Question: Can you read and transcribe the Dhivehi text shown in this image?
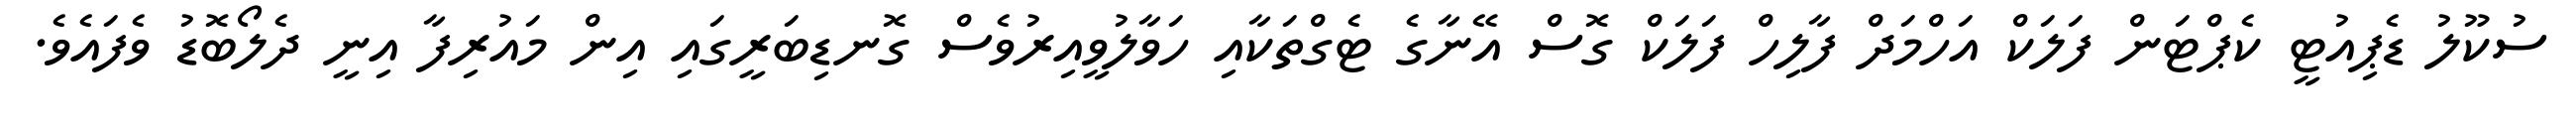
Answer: ސުކޫލު ޑެޕިއުޓީ ކެޕްޓަން ފަލަކް އަހްމަދް ފާލިހް ފަލަކް ގޮސް އޭނާގެ ޓެގްތަކާއި ހަވާލުވީއިރުވެސް ގޮނޑިބަރީގައި އިން މައުރިފާ އިނީ ދެލޯބޮޑު ވެފައެވެ.